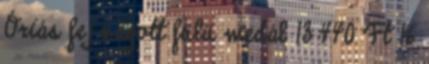
Óriás fej vágott fülü medál 13 440 Ft 16